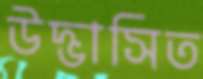
উদ্ভাসিত